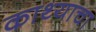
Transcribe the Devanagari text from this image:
काथ्याचा